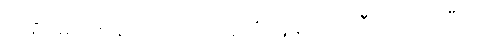
ဒုရဓိဂမံ ဝိဇာနထ ပါပုဏာတူတိ သူနာတိ ပရီတိ ဝိပဿီတိ